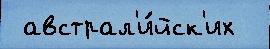
 австрал'и́йск'их